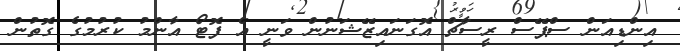
އިންޑިއަން ސްޕޭސް ރީސާޗް އޮގަނައިޒޭޝަނުން ވަނީ އެ ފޮޓޯ އާންމު ކުރުމުގެ ގޮތުން